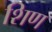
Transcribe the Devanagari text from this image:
शिण